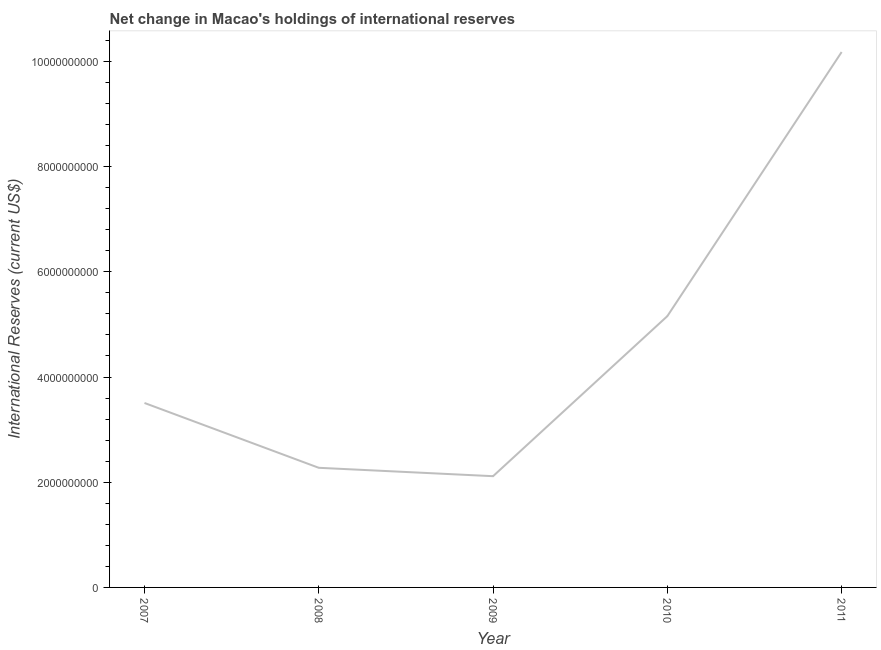
| Year | Reserves and related items |
 | --- | --- |
 | 2007 | 3.51e+09 |
 | 2008 | 2.27e+09 |
 | 2009 | 2.11e+09 |
 | 2010 | 5.16e+09 |
 | 2011 | 1.02e+10 |